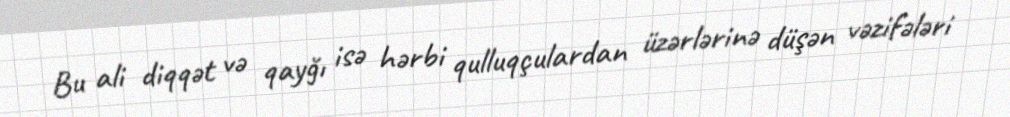
Bu ali diqqət və qayğı isə hərbi qulluqçulardan üzərlərinə düşən vəzifələri